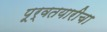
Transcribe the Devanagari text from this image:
पूर्वतयारीचा